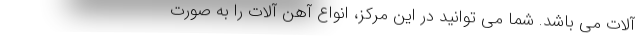
آلات می باشد. شما می توانید در این مرکز، انواع آهن آلات را به صورت